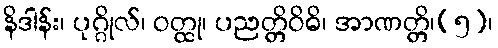
နိဒါန်း၊ ပုဂ္ဂိုလ်၊ ဝတ္ထု၊ ပညတ္တိဝိဓိ၊ အာဏတ္တိ၊(၅)၊